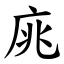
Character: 庣